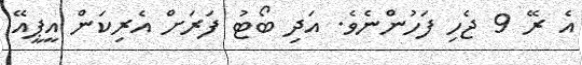
އެ ރޭ 9 ޖެހި ފަހުންނެވެ. އަދި ބޯޓު ފަރަށް އެރިކަން އީޕީއޭ